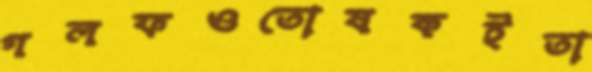
গলফওতোষকইতা